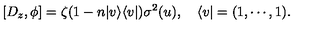
[ D _ { z } , \phi ] = \zeta ( 1 - n | v \rangle \langle v | ) \sigma ^ { 2 } ( u ) , \quad \langle v | = ( 1 , \cdots , 1 ) .